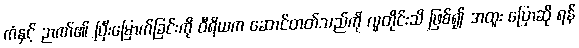
ကံနှင့် ဉာဏ်၏ ပြီးမြောက်ခြင်းကို ဝီရိယက ဆောင်တတ်သည်ကို လူတိုင်းသိ ဖြစ်၍ အထူး ပြောဆို ရန်